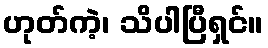
ဟုတ်ကဲ့၊ သိပါပြီရှင်။